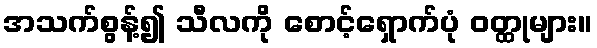
အသက်စွန့်၍ သီလကို စောင့်ရှောက်ပုံ ဝတ္ထုများ။